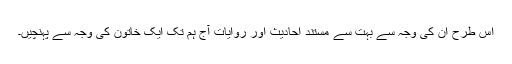
اس طرح ان کی وجہ سے بہت سے مستند احادیث اور روایات آج ہم تک ایک خاتون کی وجہ سے پہنچیں۔